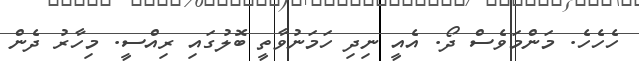
ހެހެހެ. މަންމަވެސް ދޯ. އެއީ ނިދި ހަމަނުވާތީ ބޮލުގައި ރިއްސީ. މިހާރު ދެން